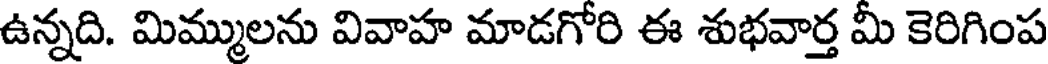
ఉన్నది. మిమ్ములను వివాహ మాడగోరి ఈ శుభవార్త మీ కెరిగింప